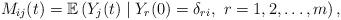
LaTeX: \begin{align*}M_{ij}(t) = \mathbb{E}\left(Y_{j}(t) \mid Y_{r}(0) = \delta_{ri},\ r=1,2,\ldots ,m\right),\end{align*}